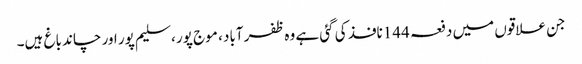
جن علاقوں میں دفعہ 144نافذ کی گئی ہے وہ ظفر آباد ، موج پور ، سلیم پور اور چاند باغ ہیں۔